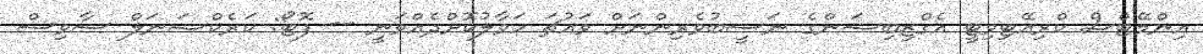
އިންމޭޓްސް ކްރިއޭޓިވިޓީ އެގްޒިބިޝަންގެ ނަސީބުވެރިންނަށް ވައުޗަ ހަވާލުކޮށްދެއްވަނީ -- ފޮޓޯ: ކަރެކްޝަނަލް ސާވިސް